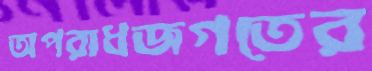
অপরাধজগতের